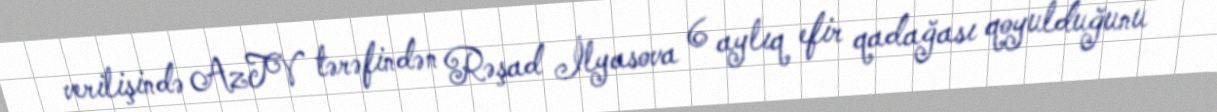
verilişində AzTV tərəfindən Rəşad İlyasova 6 aylıq efir qadağası qoyulduğunu